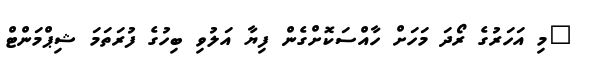
"މި އަހަރުގެ ރޯދަ މަހަށް ހާއްސަކޮށްގެން ފިޔާ އަލުވި ބިހުގެ ފުރަތަމަ ޝިޕްމަންޓް